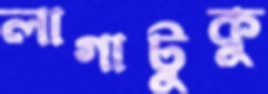
লাগাটুকু